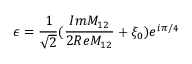
\epsilon = \frac { 1 } { \sqrt { 2 } } ( \frac { I m M _ { 1 2 } } { 2 R e M _ { 1 2 } } + \xi _ { 0 } ) e ^ { i \pi / 4 }